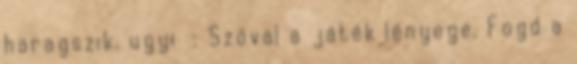
haragszik. ugyi : Szóval a játék lényege. Fogd a